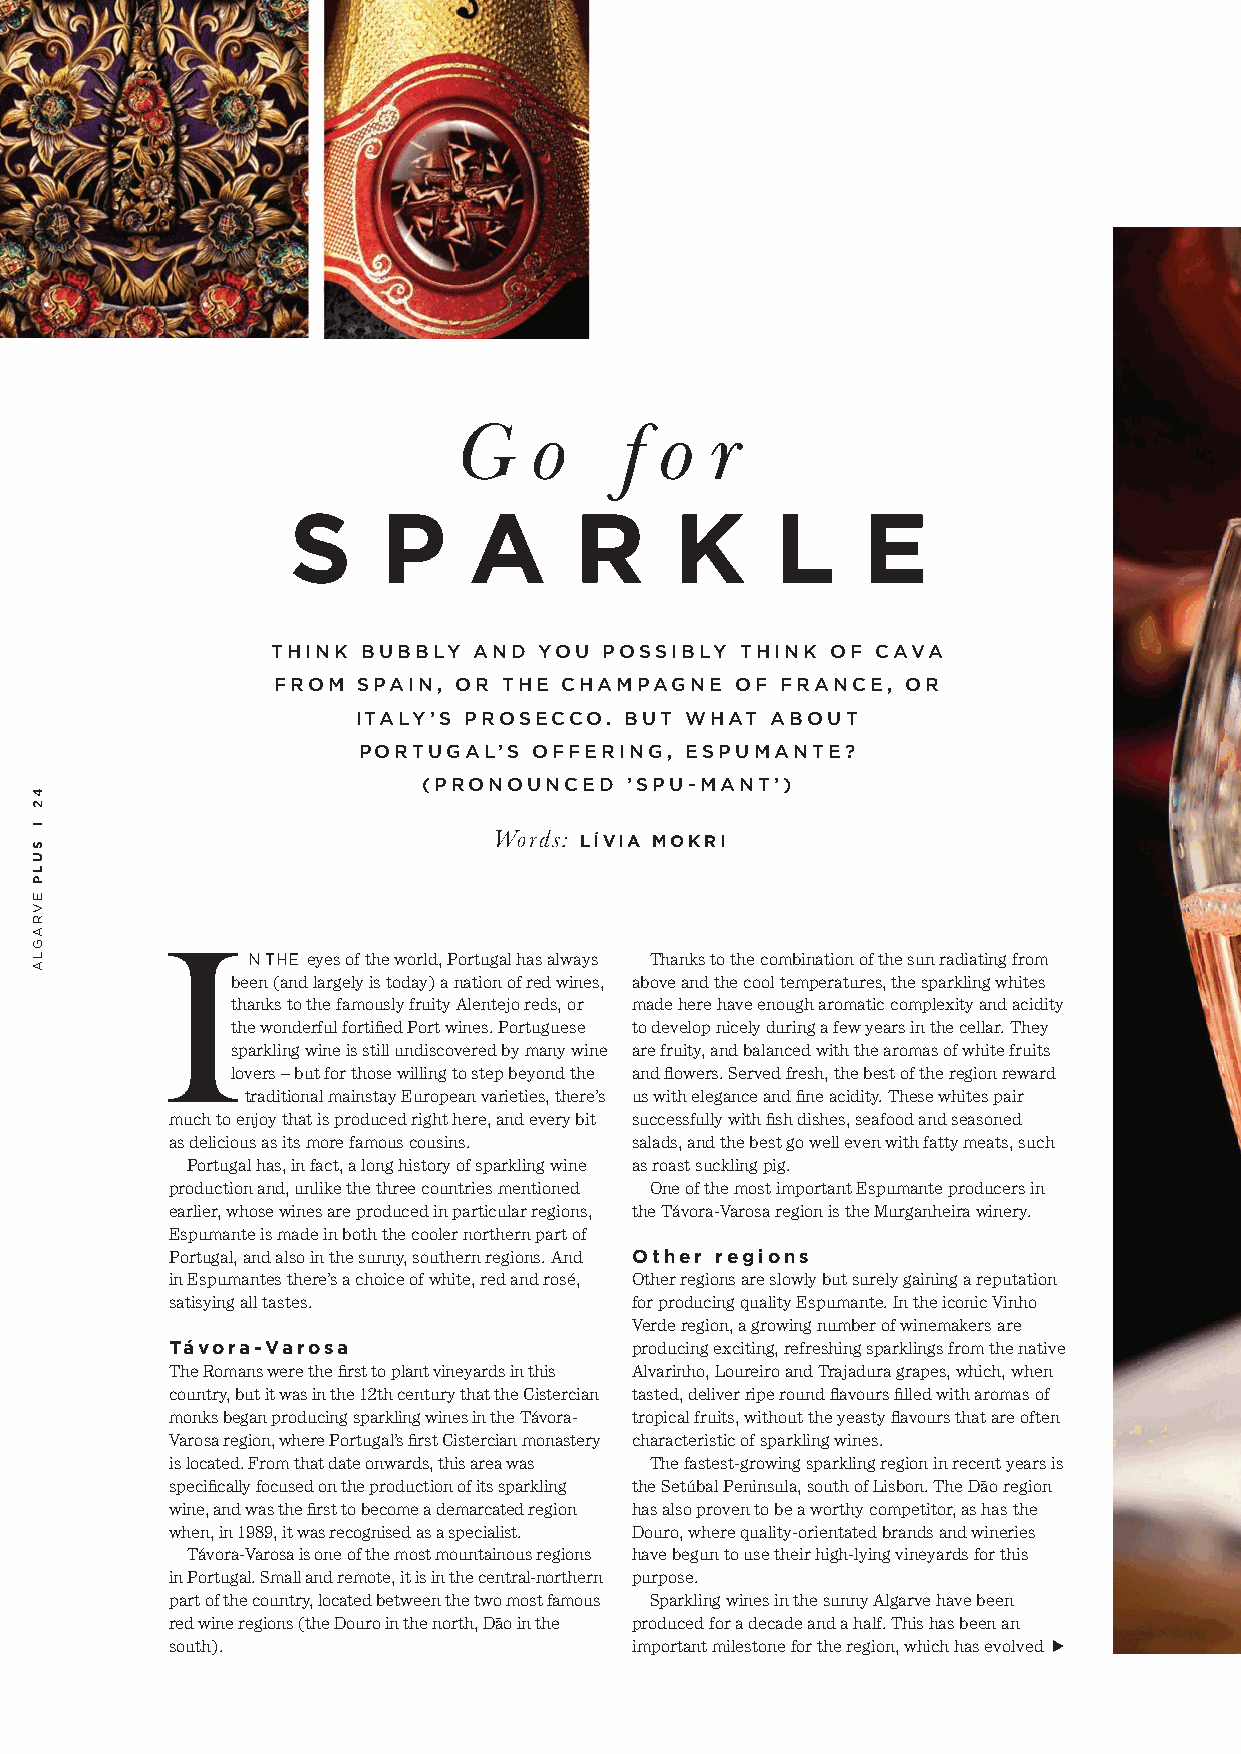
WINE
 PLUS
 G    o     f o   r
 S     P     A      R      K     L     E
 THINK BUBBLY AND  YOU POSSIBLY THINK OF CAVA
 FROM  SPAIN, OR THE CHAMPAGNE  OF FRANCE, OR
 ITALY’S PROSECCO. BUT WHAT ABOUT
 PORTUGAL’S OFFERING, ESPUMANTE?
 (PRONOUNCED  ’SPU-MANT’)
 Words: LÍVIA MOKRI
 I
 N THE eyes of the world, Portugal has always Thanks to the combination of the sun radiating from
 been (and largely is today) a nation of red wines, above and the cool temperatures, the sparkling whites
 thanks to the famously fruity Alentejo reds, or made here have enough aromatic complexity and acidity
 the wonderful fortified Port wines. Portuguese to develop nicely during a few years in the cellar. They
 sparkling wine is still undiscovered by many wine are fruity, and balanced with the aromas of white fruits
 lovers – but for those willing to step beyond the and flowers. Served fresh, the best of the region reward
 traditional mainstay European varieties, there’s us with elegance and fine acidity. These whites pair
 much to enjoy that is produced right here, and every bit successfully with fish dishes, seafood and seasoned
 as delicious as its more famous cousins. salads, and the best go well even with fatty meats, such
 Portugal has, in fact, a long history of sparkling wine as roast suckling pig.
 production and, unlike the three countries mentioned One of the most important Espumante producers in
 earlier, whose wines are produced in particular regions, the Távora-Varosa region is the Murganheira winery.
 Espumante is made in both the cooler northern part of
 Portugal, and also in the sunny, southern regions. And Other regions
 in Espumantes there’s a choice of white, red and rosé, Other regions are slowly but surely gaining a reputation
 satisying all tastes.          for producing quality Espumante. In the iconic Vinho
 Verde region, a growing number of winemakers are
 Távora-Varosa                  producing exciting, refreshing sparklings from the native
 The Romans were the first to plant vineyards in this Alvarinho, Loureiro and Trajadura grapes, which, when
 country, but it was in the 12th century that the Cistercian tasted, deliver ripe round flavours filled with aromas of
 monks began producing sparkling wines in the Távora- tropical fruits, without the yeasty flavours that are often
 Varosa region, where Portugal’s first Cistercian monastery characteristic of sparkling wines.
 is located. From that date onwards, this area was The fastest-growing sparkling region in recent years is
 specifically focused on the production of its sparkling the Setúbal Peninsula, south of Lisbon. The Dão region
 wine, and was the first to become a demarcated region has also proven to be a worthy competitor, as has the
 when, in 1989, it was recognised as a specialist. Douro, where quality-orientated brands and wineries
 Távora-Varosa is one of the most mountainous regions have begun to use their high-lying vineyards for this
 in Portugal. Small and remote, it is in the central-northern purpose.
 part of the country, located between the two most famous Sparkling wines in the sunny Algarve have been
 red wine regions (the Douro in the north, Dão in the produced for a decade and a half. This has been an
 south).                        important milestone for the region, which has evolved
 42
 l
 SULP
 EVRAGLA